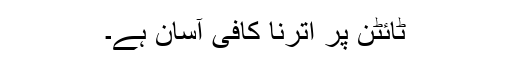
ٹائٹن پر اترنا کافی آسان ہے۔